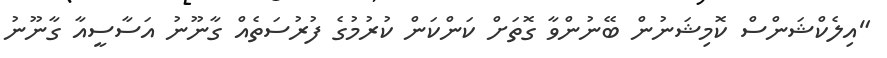
"އިލެކްޝަންސް ކޮމިޝަނުން ބޭނުންވާ ގޮތަށް ކަންކަން ކުރުމުގެ ފުރުސަތެއް ގާނޫނު އަސާސީއާ ގާނޫނު